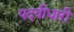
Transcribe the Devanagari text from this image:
पदवीधारी